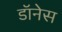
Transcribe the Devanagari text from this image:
डॉनेस